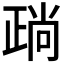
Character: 𣦎